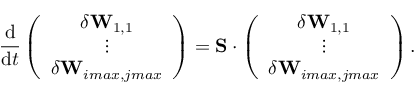
\frac { \mathrm { d } } { \mathrm { d } t } \left( \begin{array} { c } { \delta \mathbf { W } _ { 1 , 1 } } \\ { \vdots } \\ { \delta \mathbf { W } _ { i m a x , j m a x } } \end{array} \right) = \mathbf { S } \cdot \left( \begin{array} { c } { \delta \mathbf { W } _ { 1 , 1 } } \\ { \vdots } \\ { \delta \mathbf { W } _ { i m a x , j m a x } } \end{array} \right) .